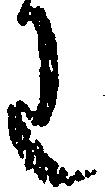
わ